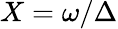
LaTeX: X=\omega/\Delta